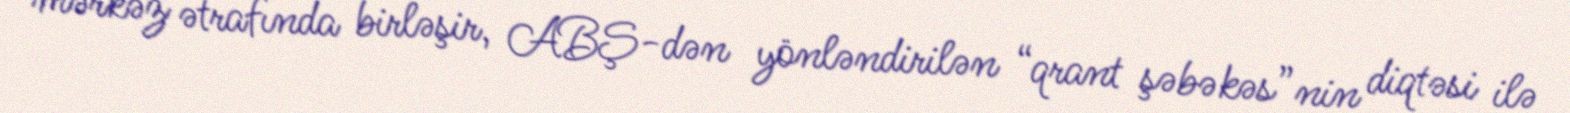
mərkəz ətrafında birləşir, ABŞ-dən yönləndirilən “qrant şəbəkəs”nin diqtəsi ilə